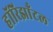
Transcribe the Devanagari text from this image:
हॉरिझाँटल